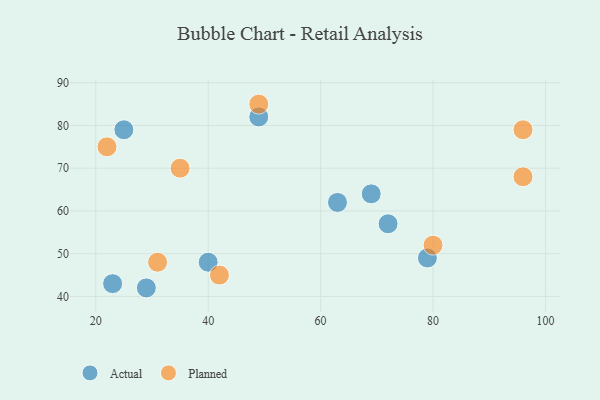
{"axis": {"x": "GDP", "y": "Life Expectancy"}, "legend": ["Actual", "Planned"], "data": [{"x": "72", "y": 57, "type": "Actual"}, {"x": "63", "y": 62, "type": "Actual"}, {"x": "25", "y": 79, "type": "Actual"}, {"x": "40", "y": 48, "type": "Actual"}, {"x": "49", "y": 82, "type": "Actual"}, {"x": "79", "y": 49, "type": "Actual"}, {"x": "23", "y": 43, "type": "Actual"}, {"x": "29", "y": 42, "type": "Actual"}, {"x": "69", "y": 64, "type": "Actual"}, {"x": "35", "y": 70, "type": "Planned"}, {"x": "31", "y": 48, "type": "Planned"}, {"x": "96", "y": 79, "type": "Planned"}, {"x": "42", "y": 45, "type": "Planned"}, {"x": "96", "y": 68, "type": "Planned"}, {"x": "80", "y": 52, "type": "Planned"}, {"x": "22", "y": 75, "type": "Planned"}, {"x": "49", "y": 85, "type": "Planned"}]}